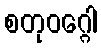
စတုဝဂ္ဂေါ